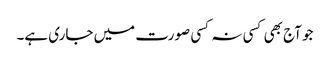
جو آج بھی کسی نہ کسی صورت میں جاری ہے۔